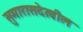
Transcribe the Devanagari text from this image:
सुमारासदेखील